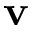
\mathbf { v }